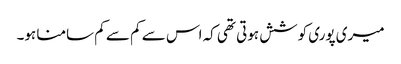
میری پوری کوشش ہوتی تھی کہ اس سے کم سے کم سامنا ہو۔